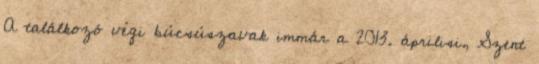
A találkozó végi búcsúszavak immár a 2013. áprilisi, Szent